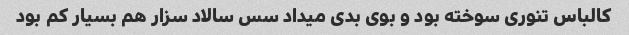
کالباس تنوری سوخته بود و بوی بدی میداد سس سالاد سزار هم بسیار کم بود